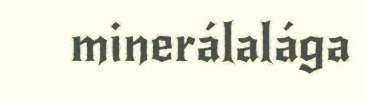
minerálalága